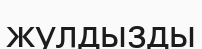
жулдызды